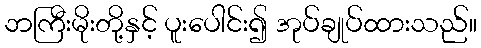
ဘကြီးမိုးတို့နှင့် ပူးပေါင်း၍ အုပ်ချုပ်ထားသည်။